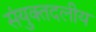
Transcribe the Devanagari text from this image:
संयुक्तदलीय